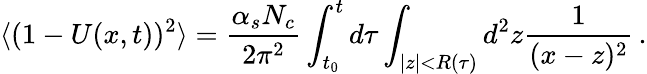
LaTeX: \langle(1-U(x,t))^{2}\rangle={\frac{\alpha_{s}N_{c}}{2\pi^{2}}}\int_{t_{0}}^{t}d\tau\int_{|z|<R(\tau)}d^{2}z{\frac{1}{(x-z)^{2}}}\, .